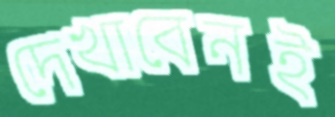
দেখাবেনই